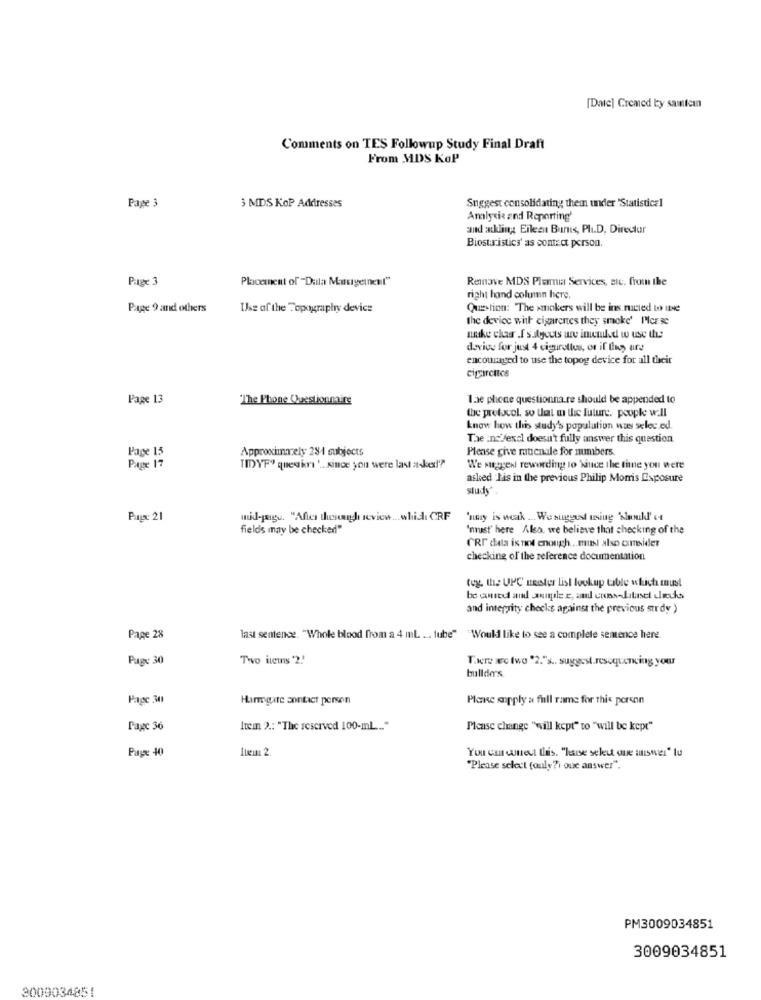
[Date] Cremed by samtcan
Comments on TES Followup Study Final Draft
From MDS KoP
Page 3
3 MDS KOP Addresses
Suggest consolidating them under "Statistical
Amlysis and Reporting'
and ackling Eileent Burns, Ph.D, Director
Biostaristics' as contact person.
Page 3
Placement of "Dula Masigenel"
Renove MDS Plemmia Services, sic. from the
right hand column here.
Page 9 and others
Use of the Topography device
Question: The smokers will be ins ructed by the
the device with cigarettes they smoke' P'leEse
make char .f sulyouts are imemled w use th
dovics for just 4 cigarettes, or if they are
encouraged to use the topog device for all their
Page 13
The Phone Questionnaire
lae phone questionna.re should be appended to
the protocol. so that m the future. people wall
know how this study's population was selec ed
The :n//excl doesn't fully answer this question.
Page 15
Approximately 284 subjects
Please give maticnale for numbers.
Page 17
TIDYF" queskri ' .. since you were last asked!'?
We suggest rewording to Since the time you were
asked Iis in the previous Philip Morris Exposure
study".
Page 21
mid-page. "After though review.whid CRF
'nmy is weak ... We suggest tsiug 'shouldl' ot
fields may be checked"
"must" here Also. we believe that checking of the
CRI data is not enough .. mel also consider
checking of the reference documentation
teg the UPC mester list lookup table which must
and integrity checks against the previous strdy )
Page 28
last sentence. "Whole blood from a 4 ml. .. tube" "Would like to see a complete sentence here
Page 30
Two items '2.'
There wo two "2."s .. suggest.resoquencing your
bullde's
Page 34
Harmgate contact person
Please apply a full rame for this person
Page 36
Item ?.: "The reserved 100-mL ... "
Please change "will kept" to "will be kept"
Page 40
Item 2
You can wneut this. "hause seleut ane answer" tu
"Please select (only?i oue answer".
PM3009034851
3009034851
3009034851